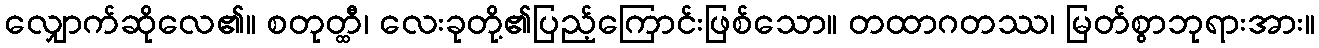
လျှောက်ဆိုလေ၏။ စတုတ္ထီ၊ လေးခုတို့၏ပြည့်ကြောင်းဖြစ်သော။ တထာဂတဿ၊ မြတ်စွာဘုရားအား။